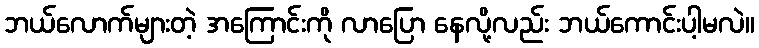
ဘယ်လောက်များတဲ့ အကြောင်းကို လာပြော နေလို့လည်း ဘယ်ကောင်းပါ့မလဲ။